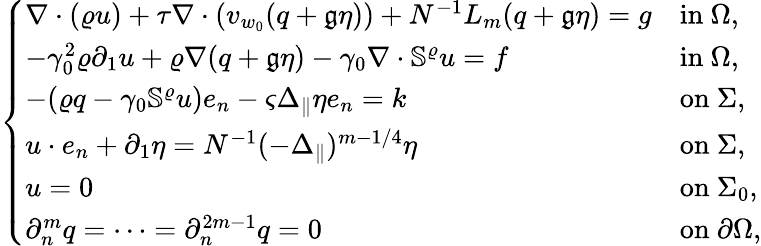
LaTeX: \left\{ \begin{array}{ll}{\nabla\cdot(\varrho u)+\tau\nabla\cdot(v_{w_{0}}(q+\mathfrak{g}\eta))+N^{-1}L_{m}(q+\mathfrak{g}\eta)=g}&{\mathrm{in~}\Omega,}\\ {-\gamma_{0}^{2}\varrho\partial_{1}u+\varrho\nabla(q+\mathfrak{g}\eta)-\gamma_{0}\nabla\cdot\mathbb{S}^{\varrho}u=f}&{\mathrm{in~}\Omega,}\\ {-(\varrho q-\gamma_{0}\mathbb{S}^{\varrho}u)e_{n}-\varsigma\Delta_{\| }\eta e_{n}=k}&{\mathrm{on~}\Sigma,}\\ {u\cdot e_{n}+\partial_{1}\eta=N^{-1}(-\Delta_{\| })^{m-1/4}\eta}&{\mathrm{on~}\Sigma,}\\ {u=0}&{\mathrm{on~}\Sigma_{0},}\\ {\partial_{n}^{m}q=\cdots=\partial_{n}^{2m-1}q=0}&{\mathrm{on~}\partial\Omega,}\end{array}\right.